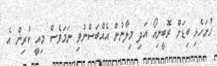
ހުށަހެޅި ބިޑަށް ރޮބީނިއޯ އަދި މިލާނުން އެއްބަސްނުވި ނަމަވެސް މިއީ ކުރިން އެ